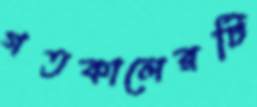
গতকালেরটি